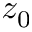
z _ { 0 }